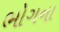
ભોગના